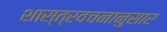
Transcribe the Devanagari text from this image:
शास्त्रवचनानुसार